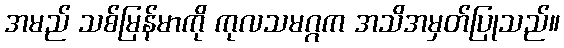
အမည် သစ်မြန်မာကို ကုလသမဂ္ဂက အသိအမှတ်ပြုသည်။